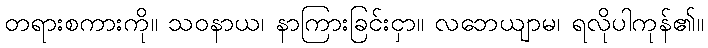
တရားစကားကို။ သဝနာယ၊ နာကြားခြင်းငှာ။ လဘေယျာမ၊ ရလိုပါကုန်၏။